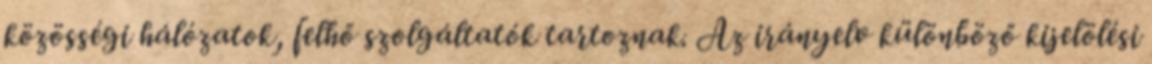
közösségi hálózatok, felhő szolgáltatók tartoznak. Az irányelv különböző kijelölési